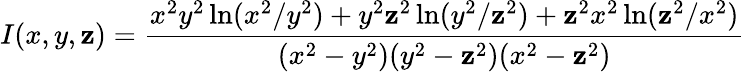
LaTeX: I(x,y,\mathbf{z})=\frac{{x^{2}y^{2}\ln(x^{2}/y^{2})+y^{2}\mathbf{z}^{2}\ln(y^{2}/\mathbf{z}^{2})+\mathbf{z}^{2}x^{2}\ln(\mathbf{z}^{2}/x^{2})}}{{(x^{2}-y^{2})(y^{2}-\mathbf{z}^{2})(x^{2}-\mathbf{z}^{2})}}